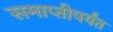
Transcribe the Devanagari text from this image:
समाप्‍तीपर्यंत